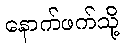
နောက်ဖက်သို့